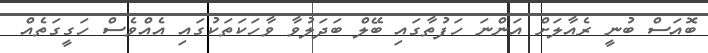
ބޮއަސް ބުނީ ރެއާލަށް އަންނަ ހަފުތާގައި ބޭލް ބަދަލުވާ ވާހަކަތަކުގައި އެއްވެސް ހަގީގަތެއް